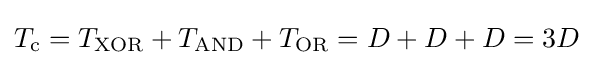
T_{\text{c}}=T_{\text{XOR}}+T_{\text{AND}}+T_{\text{OR}}=D+D+D=3D